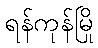
ရန်ကုန်မြို